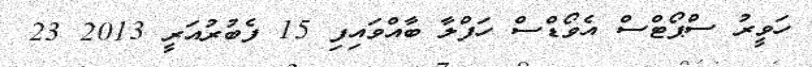
ހަވީރު ސްޕޯޓްސް އެވޯޑްސް ހަފްލާ ބާއްވައިފި 15 ފެބުރުއަރީ 2013 23